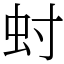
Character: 䖞